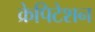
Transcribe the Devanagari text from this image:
क्रेपिटेशन